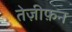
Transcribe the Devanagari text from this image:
तेज़ीफ़न